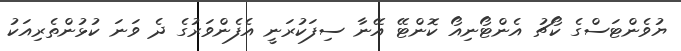
ޔުވެންޓަސްގެ ކޯޗު އެންޓޯނިއޯ ކޮންޓޭ އޭނާ ސިފަކުރަނީ އެފެންވަރުގެ ދެ ވަނަ ކުޅުންތެރިއަކު